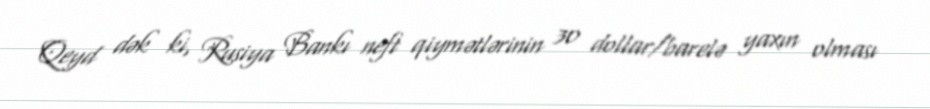
Qeyd dək ki, Rusiya Bankı neft qiymətlərinin 30 dollar/barelə yaxın olması